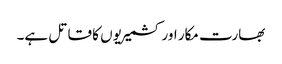
بھارت مکار اور کشمیریوں کا قاتل ہے۔